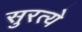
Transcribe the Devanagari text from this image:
सुरत्ये